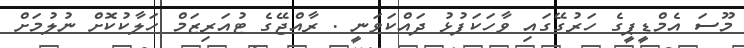
މޫސަ އެމްޑީޕީގެ ހަރުގޭގައި ވާހަކަފުޅު ދައްކަވަނީ . ރާއްޖޭގެ ޓުއަރިޒަމް ހަލާކުކޮށް ނުލުމަށް